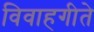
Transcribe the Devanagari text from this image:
विवाहगीते